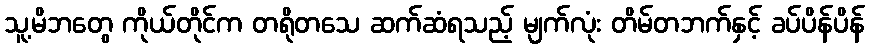
သူ့မိဘတွေ ကိုယ်တိုင်က တရိုတသေ ဆက်ဆံရသည့် မျက်လုံး တိမ်တဘက်နှင့် ခပ်ပိန်ပိန်